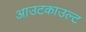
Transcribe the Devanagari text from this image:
आउटकाउल्ट